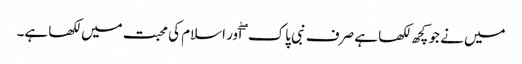
میں نے جو کچھ لکھا ہے صرف نبی پاک ۖ اور اسلام کی محبت میں لکھا ہے۔